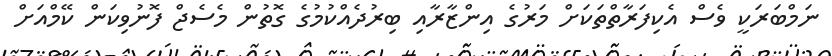
ނަމްބަރަކީ ވެސް އެކިފަރާތްތަކަށް މަރުގެ އިންޒާރާއި ބިރުދެއްކުމުގެ ގޮތުން މެސެޖް ފޮނުވިކަން ކޭމްއަށް